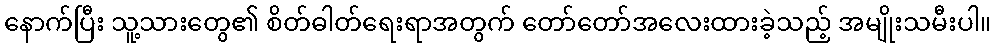
နောက်ပြီး သူ့သားတွေ၏ စိတ်ဓါတ်ရေးရာအတွက် တော်တော်အလေးထားခဲ့သည့် အမျိုးသမီးပါ။